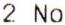
2 NO